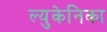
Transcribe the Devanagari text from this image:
ल्युकेनिका